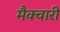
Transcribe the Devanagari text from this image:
मैक्वारी